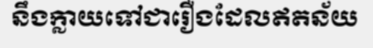
នឹងក្លាយទៅជារឿងដែលឥតន័យ